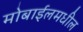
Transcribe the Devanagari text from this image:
मोबाईलमधील